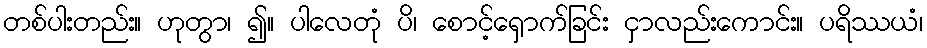
တစ်ပါးတည်း။ ဟုတွာ၊ ၍။ ပါလေတုံ ပိ၊ စောင့်ရှောက်ခြင်း ငှာလည်းကောင်း။ ပရိဿယံ၊